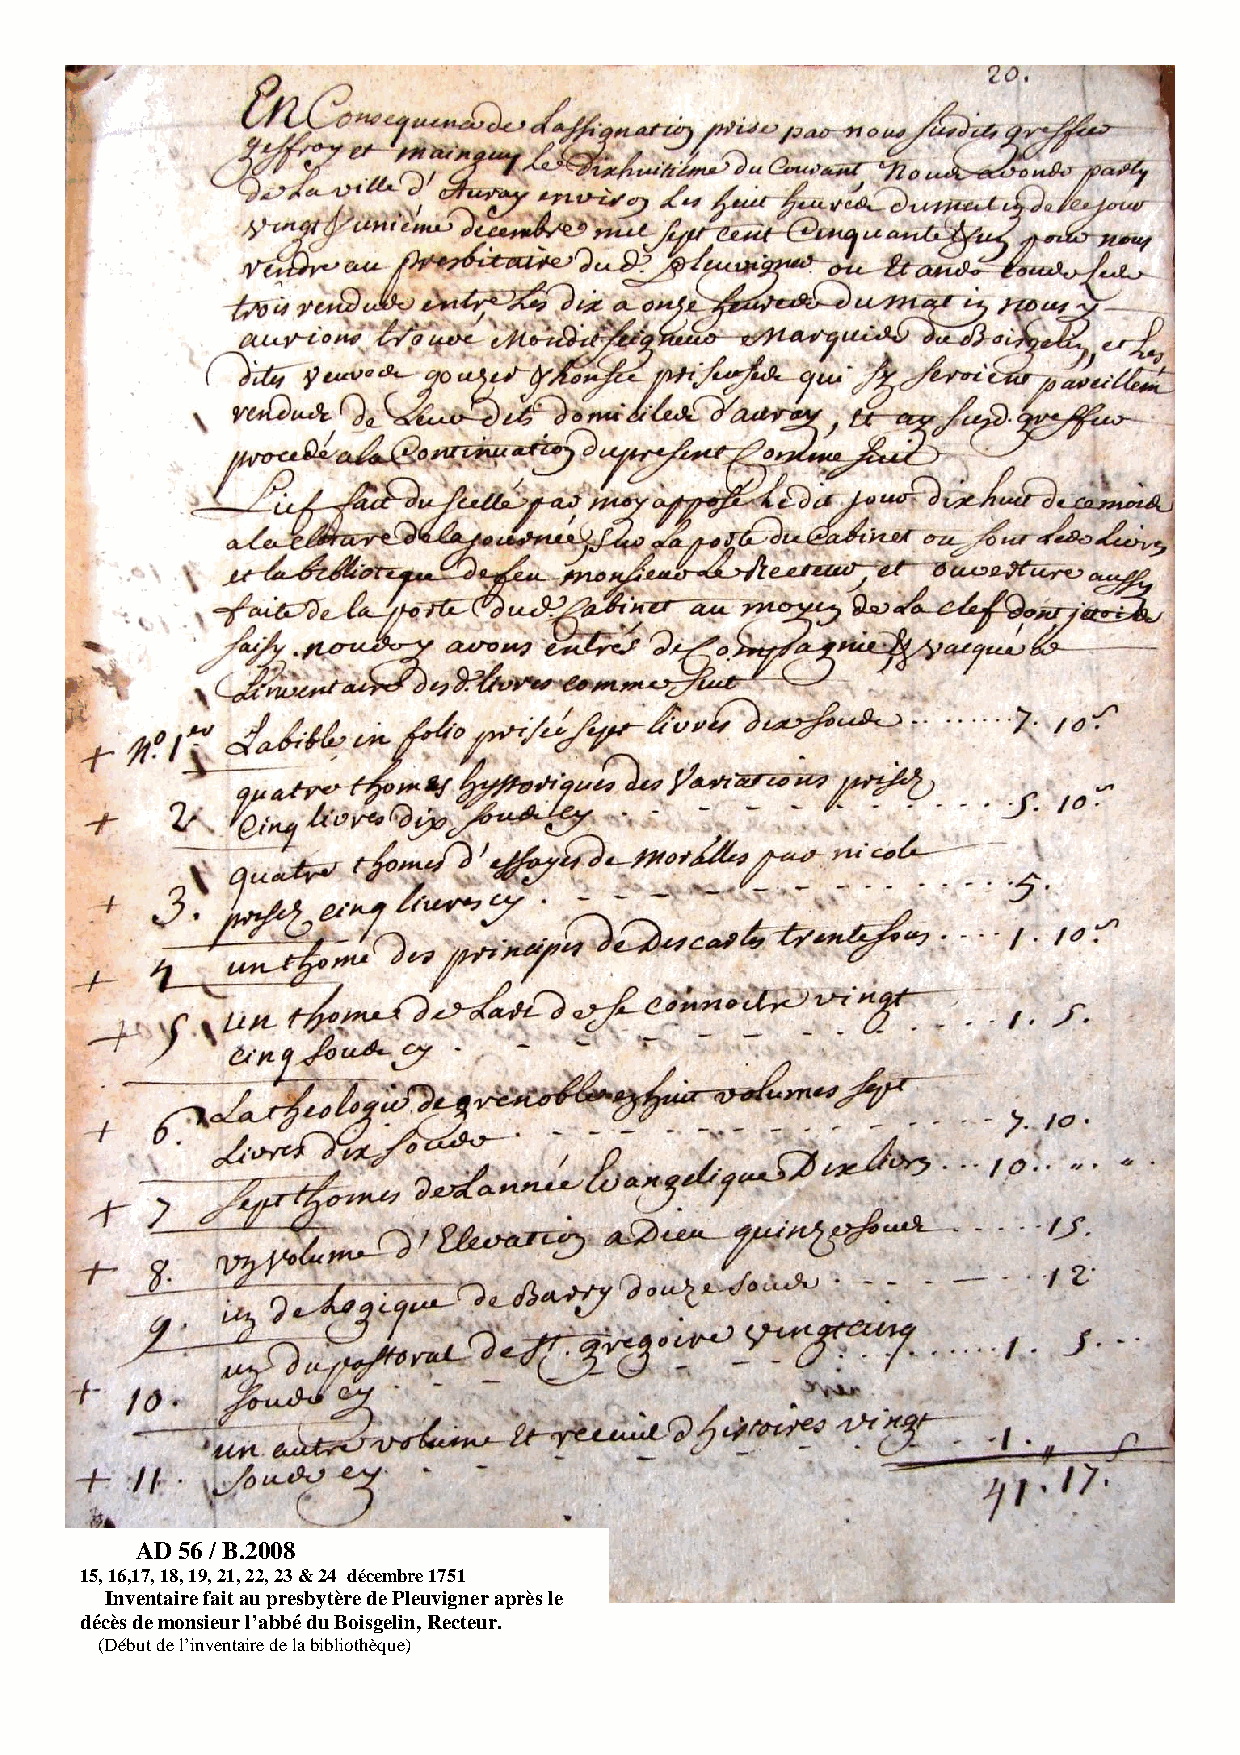
AD 56 / B.2008
 15, 16,17, 18, 19, 21, 22, 23 & 24 décembre 1751
 Inventaire fait au presbytère de Pleuvigner après le
 décès de monsieur l’abbé du Boisgelin, Recteur.
 (Début de l’inventaire de la bibliothèque)